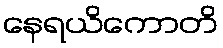
နေရယိကောတိ